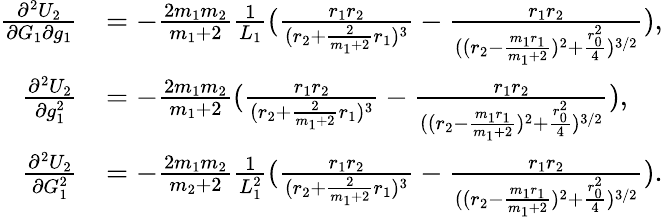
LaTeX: \begin{array}{rl}{\frac{\partial^{2}U_{2}}{\partial G_{1}\partial g_{1}}}&{=-\frac{2m_{1}m_{2}}{m_{1}+2}\frac{1}{L_{1}}(\frac{r_{1}r_{2}}{(r_{2}+\frac{2}{m_{1}+2}r_{1})^{3}}-\frac{r_{1}r_{2}}{((r_{2}-\frac{m_{1}r_{1}}{m_{1}+2})^{2}+\frac{r_{0}^{2}}{4})^{3/2}}),}\\ {\frac{\partial^{2}U_{2}}{\partial g_{1}^{2}}}&{=-\frac{2m_{1}m_{2}}{m_{1}+2}(\frac{r_{1}r_{2}}{(r_{2}+\frac{2}{m_{1}+2}r_{1})^{3}}-\frac{r_{1}r_{2}}{((r_{2}-\frac{m_{1}r_{1}}{m_{1}+2})^{2}+\frac{r_{0}^{2}}{4})^{3/2}}),}\\ {\frac{\partial^{2}U_{2}}{\partial G_{1}^{2}}}&{=-\frac{2m_{1}m_{2}}{m_{2}+2}\frac{1}{L_{1}^{2}}(\frac{r_{1}r_{2}}{(r_{2}+\frac{2}{m_{1}+2}r_{1})^{3}}-\frac{r_{1}r_{2}}{((r_{2}-\frac{m_{1}r_{1}}{m_{1}+2})^{2}+\frac{r_{0}^{2}}{4})^{3/2}}).}\end{array}